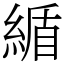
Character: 䋸